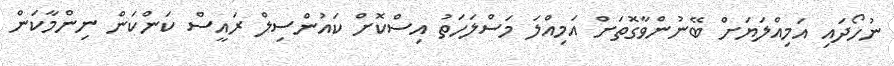
ނުހޯދައި އަމިއްލަޔަށް ބޭނުންވާގޮތަށް އަމިއްލަ މަސްލަހަތު އިސްކޮށް ކައުންސިލް ރައީސް ކަންކަން ނިންމާކަން